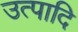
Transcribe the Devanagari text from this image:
उत्पादि